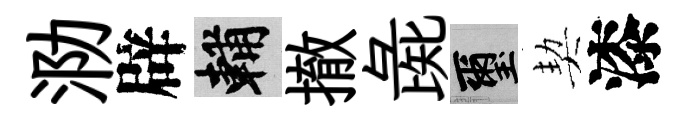
泐辟輔撤彘璽契漆